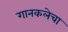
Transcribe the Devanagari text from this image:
गानकलेचा